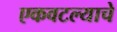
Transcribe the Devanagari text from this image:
एकवटल्याचे